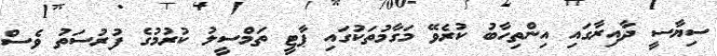
ސިޔާސީ ދާއިރާގައި އިންތިހާބު ކުރެވޭ މަގާމުތަކުގައި ޕާޓީ ތަމްސީލު ކުރުމުގެ ފުރުސަތު ވެސް